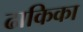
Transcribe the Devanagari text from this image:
ढाकिका